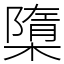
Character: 㯐